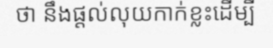
ថា នឹងផ្តល់លុយកាក់ខ្លះដើម្បី